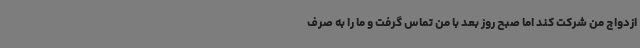
ازدواج من شرکت کند اما صبح روز بعد با من تماس گرفت و ما را به صرف